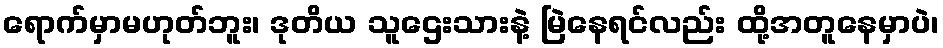
ရောက်မှာမဟုတ်ဘူး၊ ဒုတိယ သူဌေးသားနဲ့ မြဲနေရင်လည်း ထို့အတူနေမှာပဲ၊